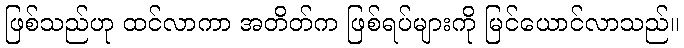
ဖြစ်သည်ဟု ထင်လာကာ အတိတ်က ဖြစ်ရပ်များကို မြင်ယောင်လာသည်။